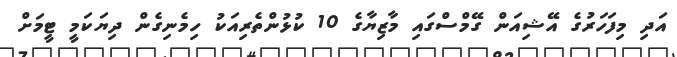
އަދި މިފަހަރުގެ އޭޝިއަން ގޭމްސްގައި މާޒިޔާގެ 10 ކުޅުންތެރިއަކު ހިމެނިގެން ދިޔަކަމީ ޓީމަށް